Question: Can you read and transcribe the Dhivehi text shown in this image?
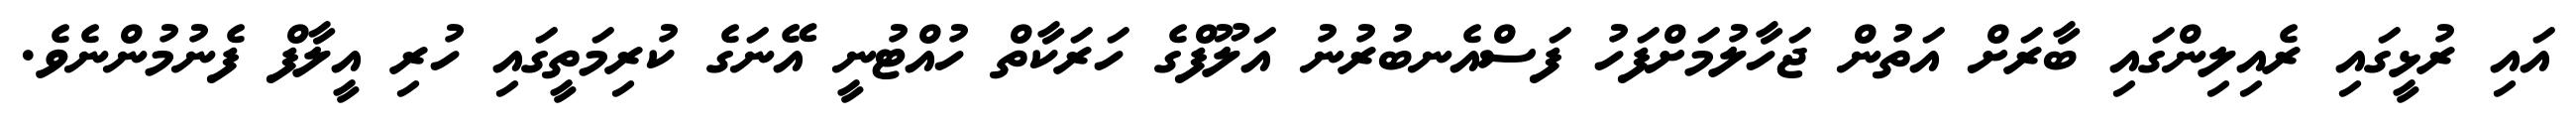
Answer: އައި ރުޅީގައި ރެއިލިންގައި ބާރަށް އަތުން ޖަހާލުމަށްފަހު ފަސްއެނބުރުނު އަލޫފްގެ ހަރަކާތް ހުއްޓުނީ އޭނަގެ ކުރިމަތީގައި ހުރި އީލާފް ފެނުމުންނެވެ.